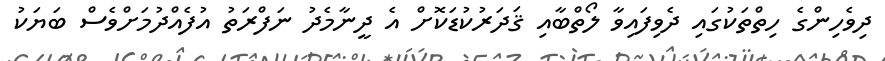
ދިވެހިންގެ ހިތްތަކުގައި ދެވިފައިވާ ލޯތްބާއި ޤަދަރުކުޑަކޮށް އެ ދީނާމެދު ނަފްރަތު އުފެއްދުމަށްވެސް ބަޔަކު